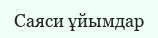
Саяси ұйымдар